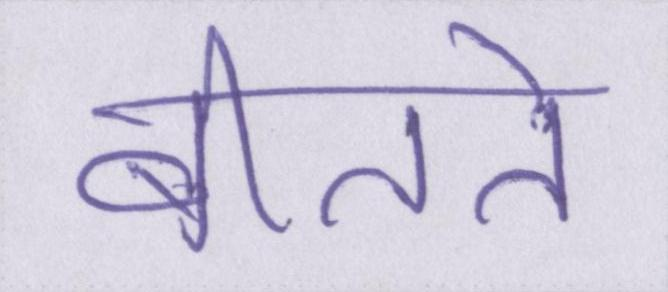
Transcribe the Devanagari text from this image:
बीतते